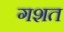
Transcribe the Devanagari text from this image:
गशत